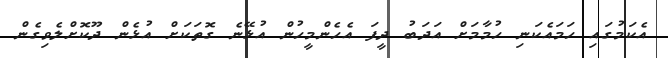
އެކަމުގައި ހަމައެކަނި ހުމާމަށް އަދަބު ދީފަ އެހެންމީހުން އުޅޭނެ ގޮތަކަށް އުޅެން ދޫކޮށްލެވިގެން